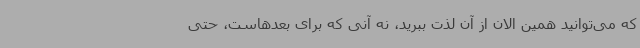
که می‌توانید همین الان از آن لذت ببرید، نه آنی که برای بعدهاست، حتی